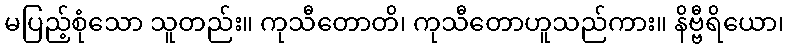
မပြည့်စုံသော သူတည်း။ ကုသီတောတိ၊ ကုသီတောဟူသည်ကား။ နိဗ္ဗီရိယော၊